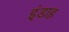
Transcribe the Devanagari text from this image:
इंडाह